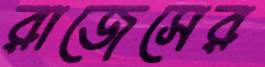
রাজেসের